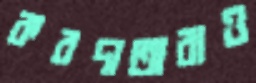
করদাতারাও